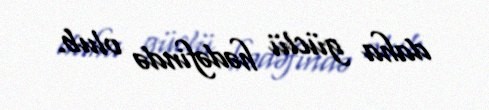
daha güclü hədəfində olub.